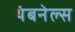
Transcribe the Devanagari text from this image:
थंबनेल्स